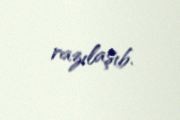
razılaşıb.